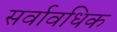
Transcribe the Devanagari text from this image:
सर्वावधिक